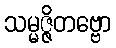
သမ္မဇ္ဇိတဗ္ဗော